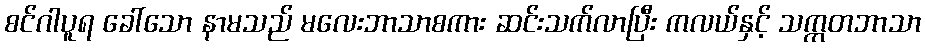
စင်ဂါပူရ ခေါ်သော နာမသည် မလေးဘာသာစကား ဆင်းသက်လာပြီး ကလယ်နှင့် သက္ကတဘာသာ